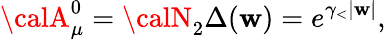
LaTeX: {\calA}_{\mu}^{0}={\calN}_{2}\Delta(\mathbf{w})=e^{\gamma_{<}|\mathbf{w}|},